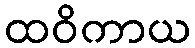
ထဝိကာယ